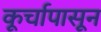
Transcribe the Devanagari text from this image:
कूर्चापासून